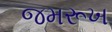
જમરૂખ